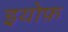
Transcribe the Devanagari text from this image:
इयोफ़